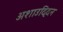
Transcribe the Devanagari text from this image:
अशाउद्दिन